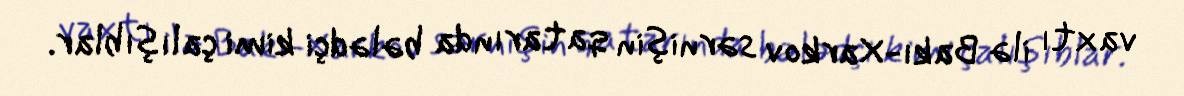
vaxtı ilə Bakı-Xarkov sərnişin qatarında bələdçi kimi çalışıblar.